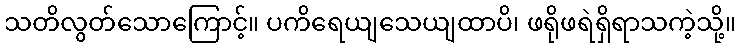
သတိလွတ်သောကြောင့်။ ပကိရေယျသေယျထာပိ၊ ဖရိုဖရဲရှိရာသကဲ့သို့။